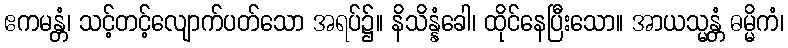
ဧကမန္တံ၊ သင့်တင့်လျောက်ပတ်သော အရပ်၌။ နိသိန္နံခေါ၊ ထိုင်နေပြီးသော။ အာယသ္မန္တံ ဓမ္မိကံ၊